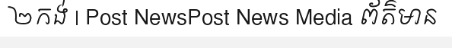
២កង់ | Post NewsPost News Media ព័ត៌មាន